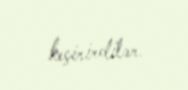
keçirirdilər.